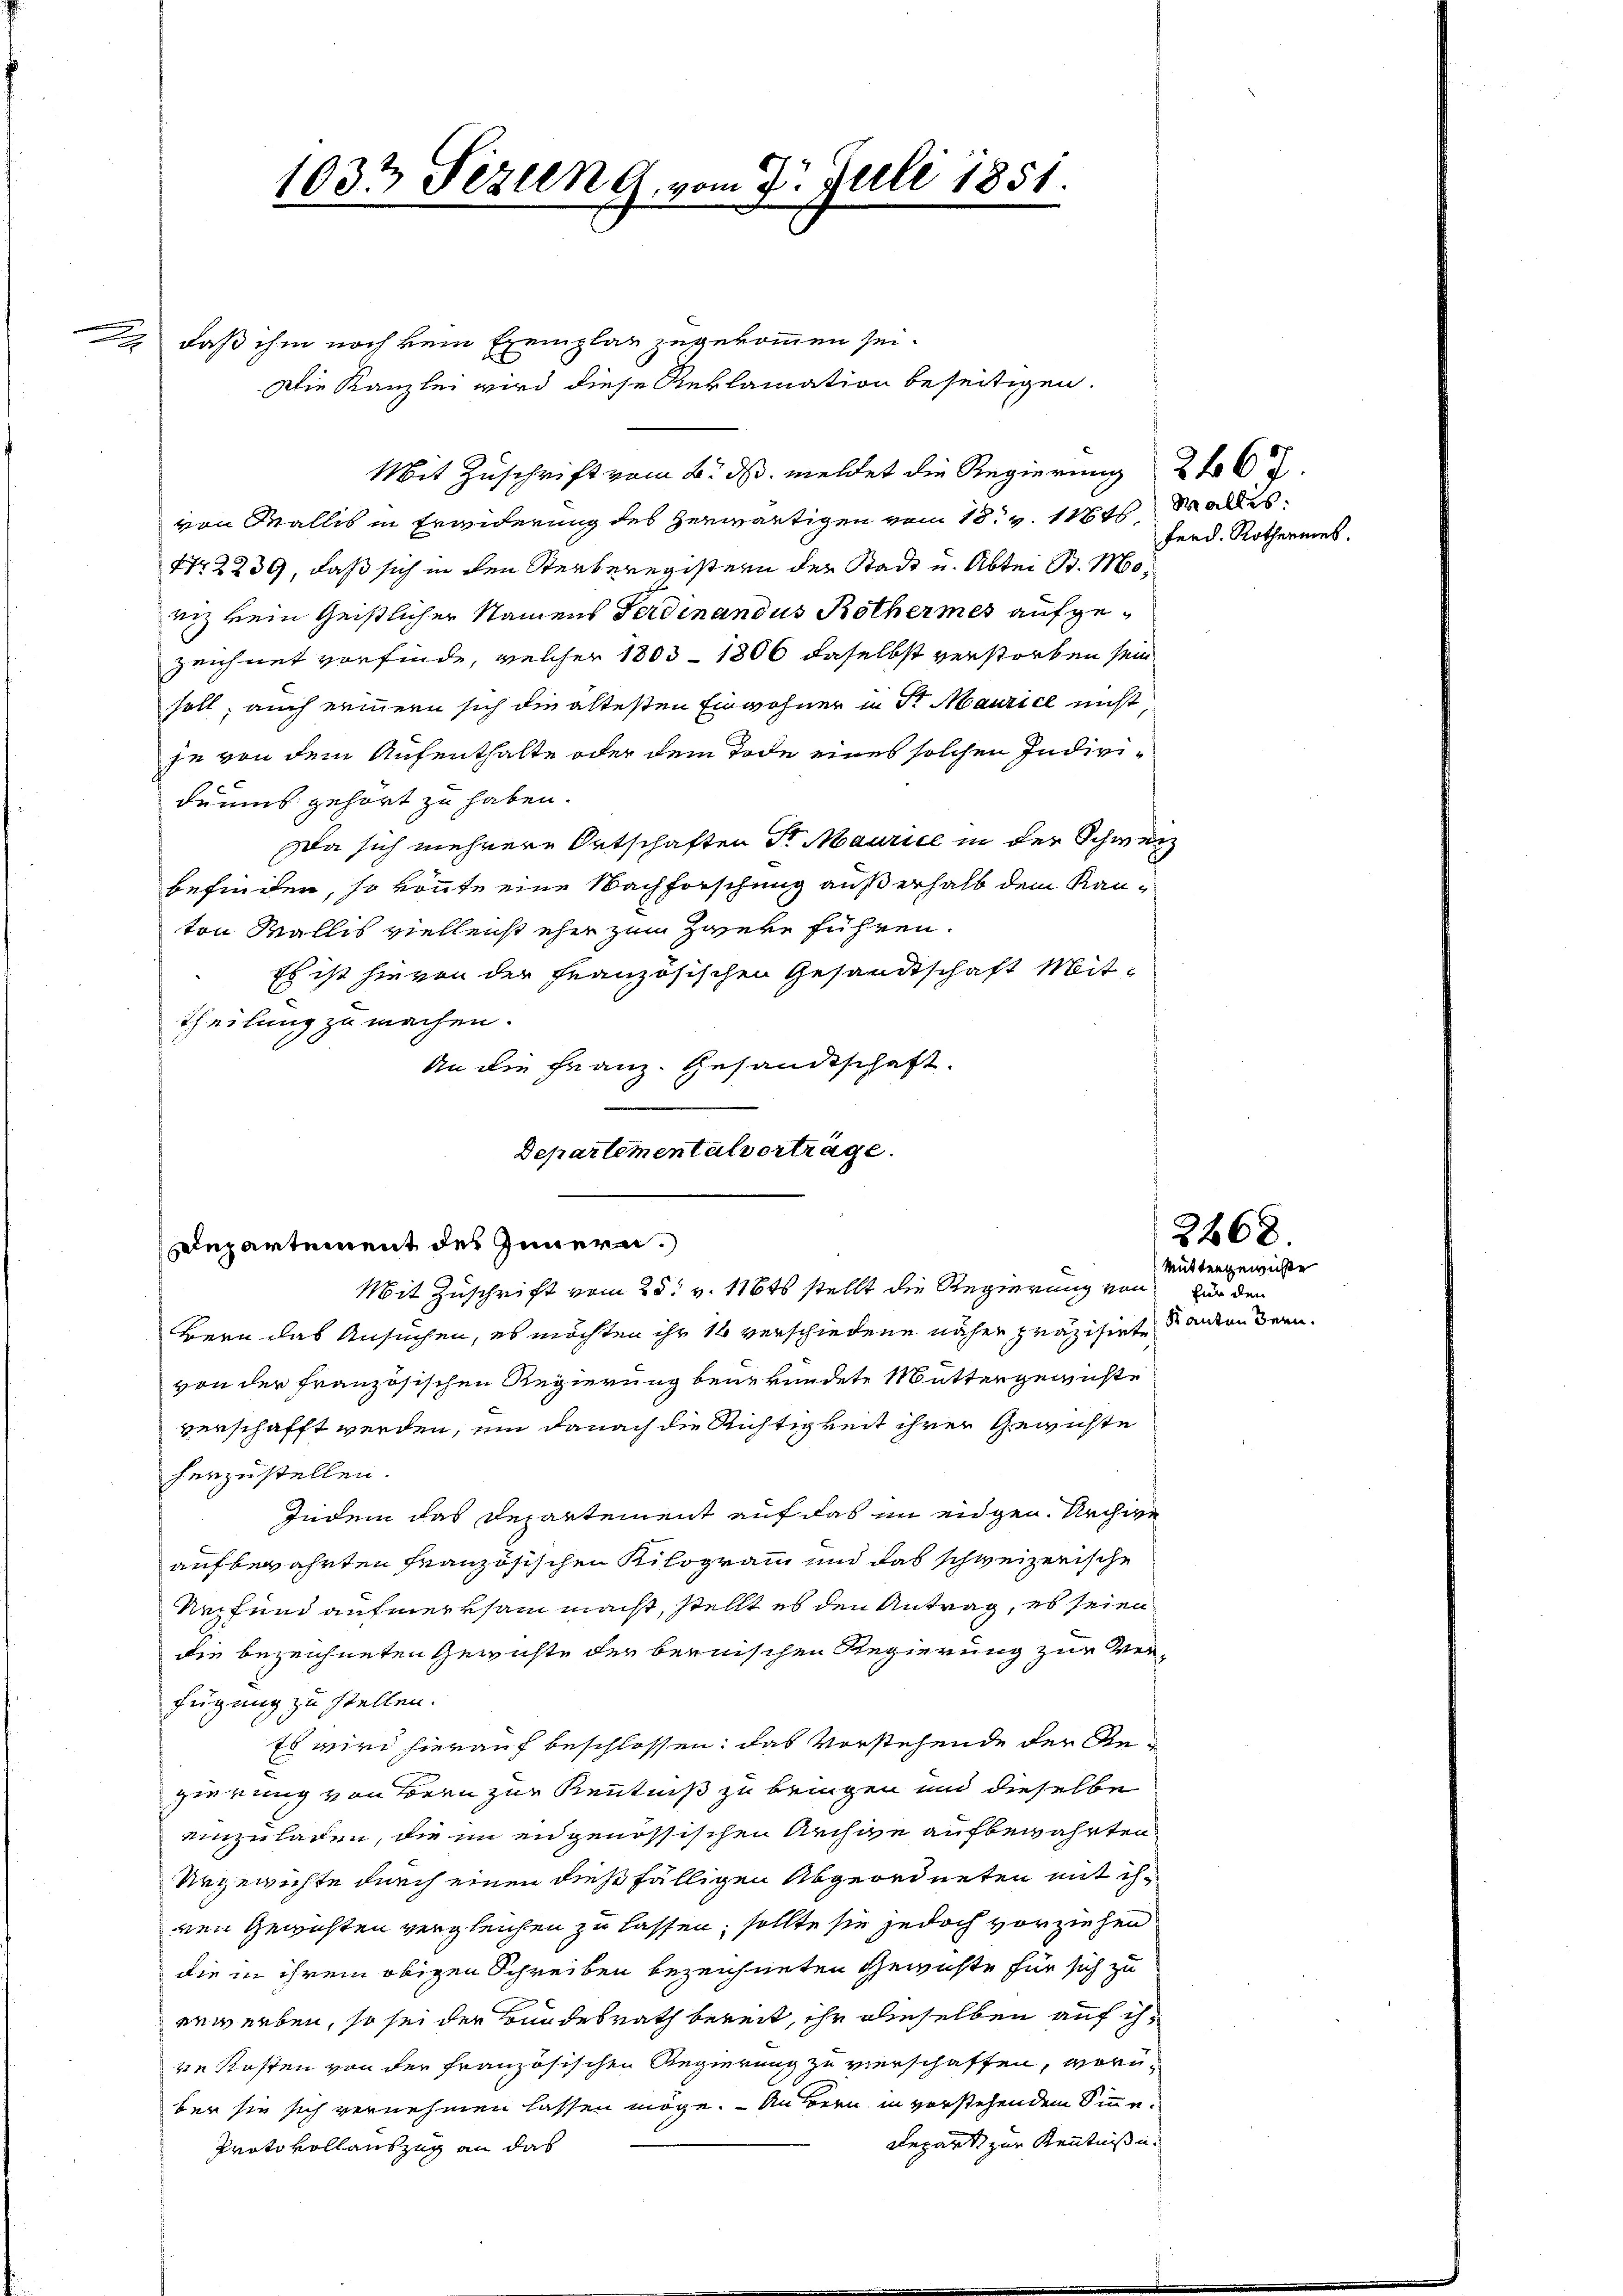
daß ihm noch kein Exemplar zugekommen sei.
Die Kanzlei wird diese Reklamation beseitigen.
Mit Zuschrift vom 6. ds. meldet die Regierung 262.
von Wallis in Erwiderung des herwärtigen vom 18. v. 18t Wallis
N 2239, daß sich in den Sterberegistern der Stadt u. Abter B. Moriz kein Geistlicher Namens Ferdinandus Rothermes aufge¬
Zeichnet vorfinde, welcher 1803 - 1806 daselbst verstorben sein
soll; auch erinnern sich die ältesten Einwohner in Sr Maurice nicht,
je von dem Aufenthalte oder dem Tode eines solchen Individuums gehört zu haben.
Da sich mehrere Ortschaften Sr Maurice in der Schweiz
befinden, so könnte eine Nachforschung außerhalb dem Kanton Wallis vielleicht eher zum Zweke führen.
Es ist hievon der Französischen Gesandtschaft Mit-
theilung zu machen.
An die Franz. Gesandtschaft.
Departementalverträge.

1033 Fezung vom 7. Juli 1851.

Departement des Innern.
Mit Zuschrift vom 25t v. 118ts stellt die Regierung von für den

Bern das Ansuchen, es möchten ihr 16 verschiedene näher präzisirte anden Bern.
von der Französischen Regierung beurkundete Muttergewichte
verschafft werden, um danach die Richtigkeit ihrer Gewichte
herzustellen.
Indem das Departement auf das im eidgen. Archive
aufbewahrten Französischen Kilogramm und das schweizerische
Urpfund aufmerksam macht, stellt es den Antrag, es seien
die bezeichneten Gewichte der bernischen Regierung zur Verfügung zu stellen.
Es wird hierauf beschlossen: das Vorstehende der Re-
gierung von Bern zur Kenntniß zu bringen und dieselbe
einzuladen, die im eidgenössischen Archive aufbewahrten
Urgewichte durch einen dießfälligen Abgeordneten mit ihnen Gewichten vergleichen zu lassen, sollte sie jedoch vorziehen
die in ihrem obigen Schreiben bezeichneten Gewichte für sich zu
erwerben, so sei der Bundesrath bereit, ihr dieselben auf ih
rekosten von der Französischen Regierung zu verschaffen, worüber sie sich vernehmen lassen möge. — Auern in verstehendem Sinne¬
Repart zur Kenntniße
Protokollauszug an das

ferd. Rothermes.

Muttergewichte

2268